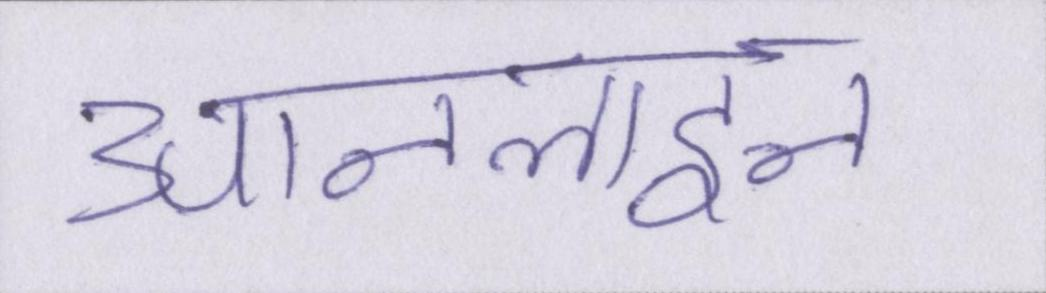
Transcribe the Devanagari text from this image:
आनलाइन